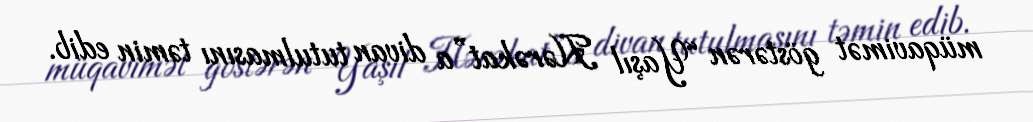
müqavimət göstərən “Yaşıl Hərəkat”a divan tutulmasını təmin edib.